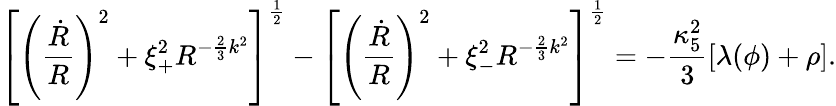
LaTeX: \left[\left({\frac{\dot{R}}{R}}\right)^{2}+\xi_{+}^{2}R^{-{\frac{2}{3}}k^{2}}\right]^{\frac{1}{2}}-\left[\left({\frac{\dot{R}}{R}}\right)^{2}+\xi_{-}^{2}R^{-{\frac{2}{3}}k^{2}}\right]^{\frac{1}{2}}=-{\frac{\kappa_{5}^{2}}{3}}[\lambda(\phi)+\rho].